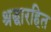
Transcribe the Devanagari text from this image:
श्रद्धारहित